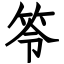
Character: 笭